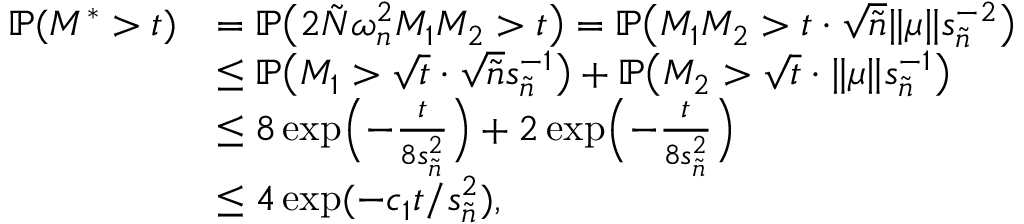
\begin{array} { r l } { \mathbb { P } ( M ^ { * } > t ) } & { = \mathbb { P } \bigl ( 2 \tilde { N } \omega _ { n } ^ { 2 } M _ { 1 } M _ { 2 } > t \bigr ) = \mathbb { P } \bigl ( M _ { 1 } M _ { 2 } > t \cdot \sqrt { { \tilde { n } } } \| \mu \| s _ { \tilde { n } } ^ { - 2 } \bigr ) } \\ & { \leq \mathbb { P } \bigl ( M _ { 1 } > \sqrt { t } \cdot \sqrt { { \tilde { n } } } s _ { \tilde { n } } ^ { - 1 } \bigr ) + \mathbb { P } \bigl ( M _ { 2 } > \sqrt { t } \cdot \| \mu \| s _ { \tilde { n } } ^ { - 1 } \bigr ) } \\ & { \leq 8 \exp \Bigl ( - \frac { t } { 8 s _ { \tilde { n } } ^ { 2 } } \Bigr ) + 2 \exp \Bigl ( - \frac { t } { 8 s _ { \tilde { n } } ^ { 2 } } \Bigr ) } \\ & { \leq 4 \exp ( - c _ { 1 } t / s _ { \tilde { n } } ^ { 2 } ) , } \end{array}